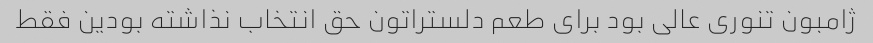
ژامبون تنوری عالی بود برای طعم دلستراتون حق انتخاب نذاشته بودین فقط